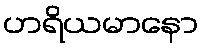
ဟရိယမာနော